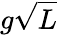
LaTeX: g\sqrt{L}